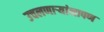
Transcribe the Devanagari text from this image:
उचलणार्‍यांनापण